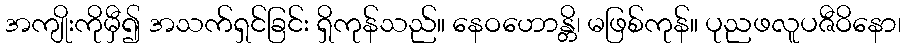
အကျိုးကိုမှီ၍ အသက်ရှင်ခြင်း ရှိကုန်သည်။ နေဝဟောန္တိ၊ မဖြစ်ကုန်။ ပုညဖလူပဇီဝိနော၊